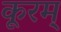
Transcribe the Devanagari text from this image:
कूरम्